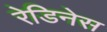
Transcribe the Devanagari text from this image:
रेडिनेस